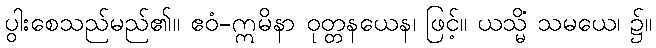
ပွါးစေသည်မည်၏။ ဧဝံ-ဣမိနာ ဝုတ္တနယေန၊ ဖြင့်။ ယသ္မိံ သမယေ၊ ၌။